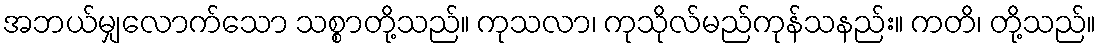
အဘယ်မျှလောက်သော သစ္စာတို့သည်။ ကုသလာ၊ ကုသိုလ်မည်ကုန်သနည်း။ ကတိ၊ တို့သည်။